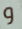
و